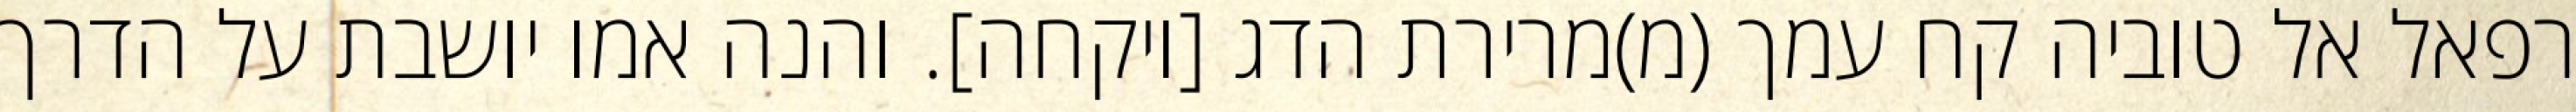
רפאל אל טוביה קח עמך (מ)מרירת הדג [ויקחה]. והנה אמו יושבת על הדרך